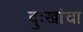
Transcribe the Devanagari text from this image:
दुःखांचा